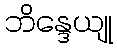
ဘိန္ဒေယျု